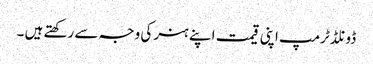
ڈونلڈ ٹرمپ اپنی قیمت اپنے ہنر کی وجہ سے رکھتے ہیں ۔